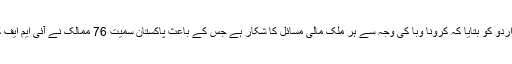
وزارت خزانہ کے حکام نے نام نہ ظاہر کرنے کی شرط پر انڈپینڈنٹ اردو کو بتایا کہ کرونا وبا کی وجہ سے ہر ملک مالی مسائل کا شکار ہے جس کے باعث پاکستان سمیت 76 ممالک نے آئی ایم ایف کو خط لکھے کہ اُن کے رواں برس کے قرضے منجمد کر دیے جائیں۔